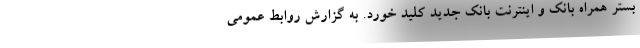
بستر همراه بانک و اینترنت بانک جدید کلید خورد. به گزارش روابط عمومی